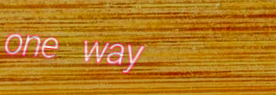
one way